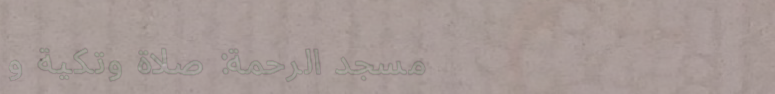
مسجد الرحمة: صلاة وتكية و